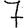
Digit: 7